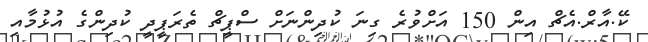
ކޭ.އާރް.އެޗް އިން 150 އަށްވުރެ ގިނަ ކުދިންނަށް ސްޕީޗް ތެރަޕީދީ ކުދިންގެ އުޅުމާއި